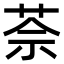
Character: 𦯬